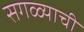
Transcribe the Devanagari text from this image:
सगळ्याची